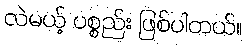
လဲမယ့် ပစ္စည်း ဖြစ်ပါတယ်။